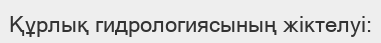
Құрлық гидрологиясының жіктелуі: